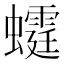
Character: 𧓴